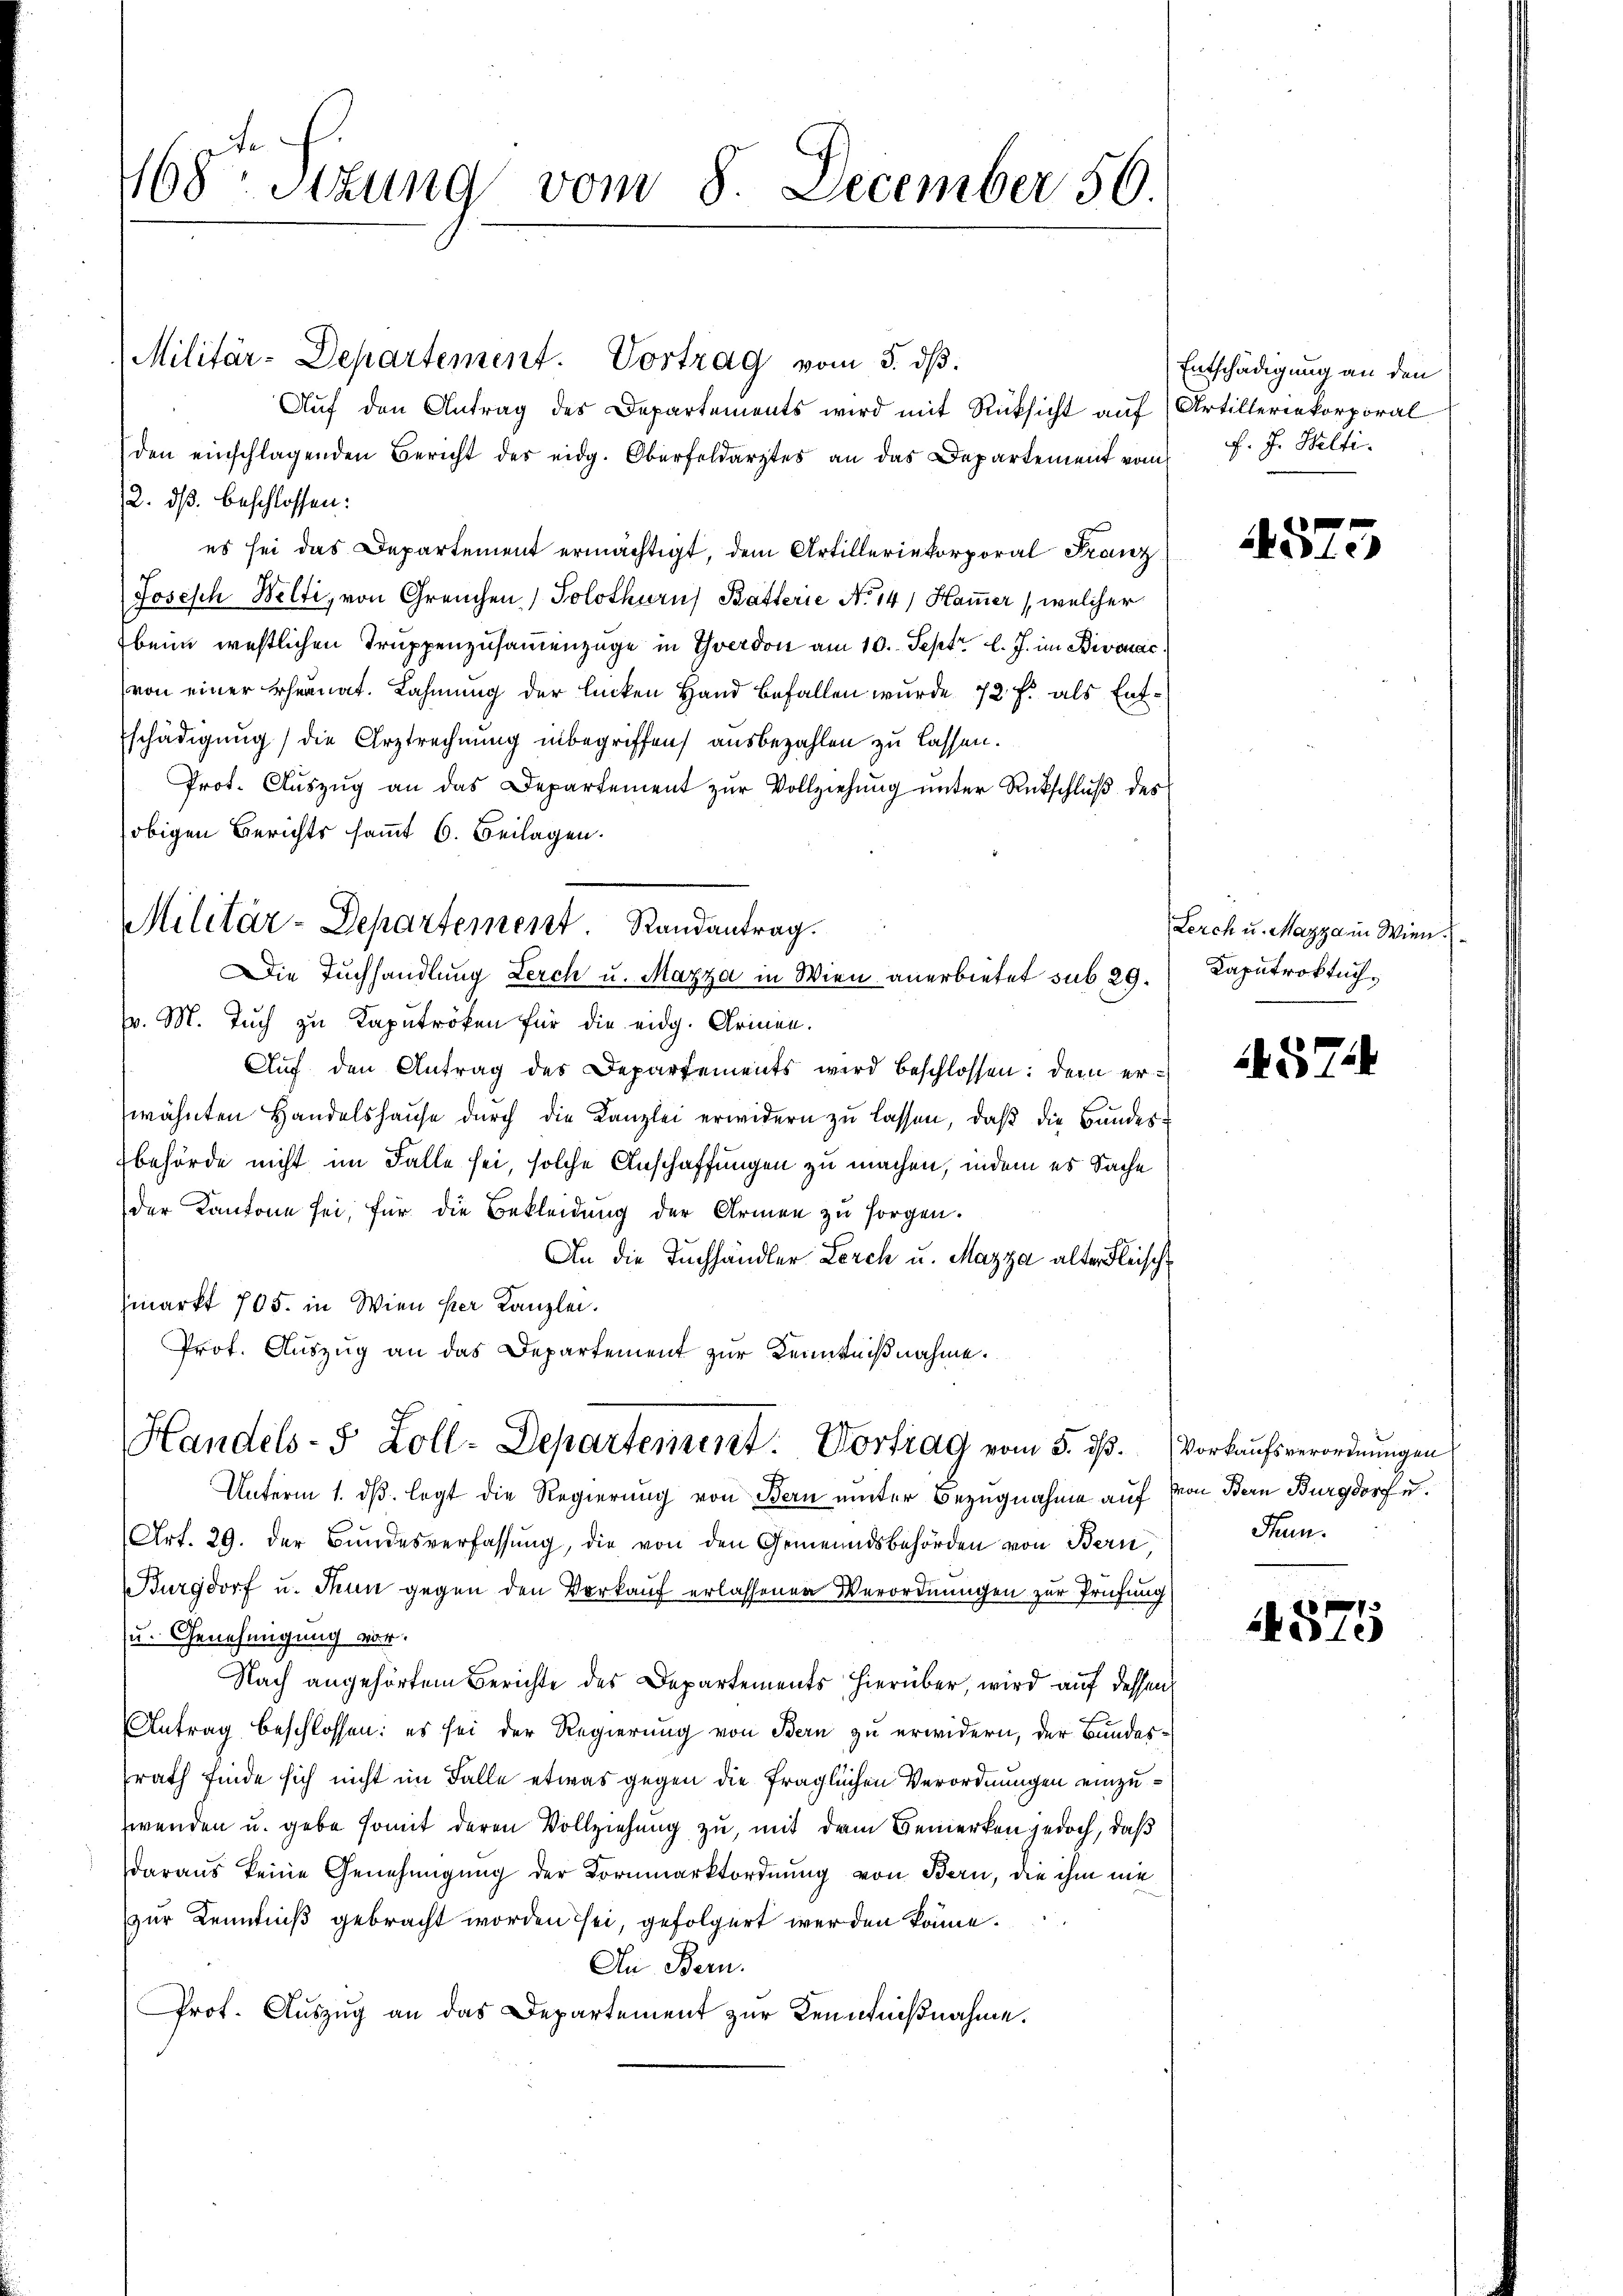
468 Sizung vom 8. December 50.

Militär-Departement. Vortrag vom 5. dβ.
Auf den Antrag des Departements wird mit Rücksicht auf Artilleriekorporal
den einschlagenden Bericht der eidg. Oberfeldarztes an das Departement vom J. J. Welti.
2. dß. beschlossen:
es sei das Departement ermächtigt, dem Artilleriekorporal Franz
Joseph Welti, von Greuchen Solothurns Batterie No 14/ Hamer (welcher
beim westlichen Truppenzusammenzüge in Yverdon am 10. Sept. l. J. im Bivonac
von einer Ehernat. Lahmung der linken Hand befallen wurde 72 f. als Entschädigung) die Arztrechnung inbegriffen, ausbezahlen zu lassen.
Prot. Aŭszŭg an das Departement zŭr Vollziehŭng ŭnter Rückschlŭβ des
obigen Berichts sammt 6. Beilagen.
Militär-Departement. Randantrag.
Die Tuchhandlung Lerch u. Mazza in Wien anerbietet sub 29.
(v. M. Tuch zu Kaputröcken für die eidg. Armen.
Auf den Antrag des Departements wird beschlossen: dem erwähnten Handelshause durch die Kanzlei erwidern zu lassen, daß die Bundesbehörde nicht im Falle sei, solche Anschaffungen zu machen, indem es Sache
der Kantone sei, für die Bekleidung der Armen zu sorgen.
An die Tuchhändler Lerch u. Mazza alter Fleisch
markt 705. in Wien her Kanzlei.
Prof. Auszug an das Departement zur Kenntnißnahme.

Handels- 5 Zoll-Departement. Vortrag vom 5. dß. Vorkaufsverordnungen

Unterm 1. d. legt die Regierung von Bern unter Bezugnahme auf von Bern Burgdorf u.
Art. 29. der Bŭndesverfassŭng, die von den Gemeindsbehörden von Bern,
Burgdorf u. Thun gegen den Vorkauf erlassenen Verordnungen zur Prüfung
u. Genehmigung vor.
Nach angehörtem Berichte des Departements hierüber, wird auf dessen
Antrag beschlossen: es sei der Regierung von Bern zu erwidern, der Bundesrath finde sich nicht im Falle etwas gegen die fraglichen Verordnungen einzuwenden u. gebe somit deren Vollziehung zu, mit dem Bemerken jedoch, daß
daraus keine Genehmigung der Kornmarktordnung von Bern, die ihm nie
zur Kenntniß gebracht worden sei, gefolgert werden könne.
An Bern.
Prof. Auszug an das Departement zur Kenntnißnahme.

Entschädigung an den

4575

Lerch u. Mazza in Wien.
Kaputroktuch.

574

Fan.

4575